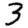
Digit: 3